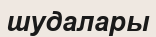
шудалары